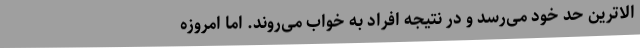
الاترین حد خود می‌رسد و در نتیجه افراد به خواب می‌روند. اما امروزه